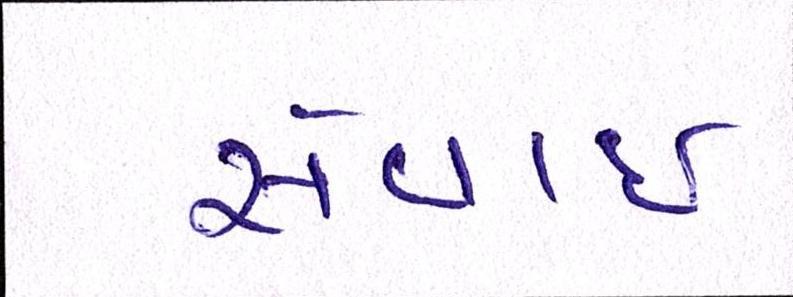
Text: સેવાઇ